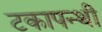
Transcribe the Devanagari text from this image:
टकापन्थी